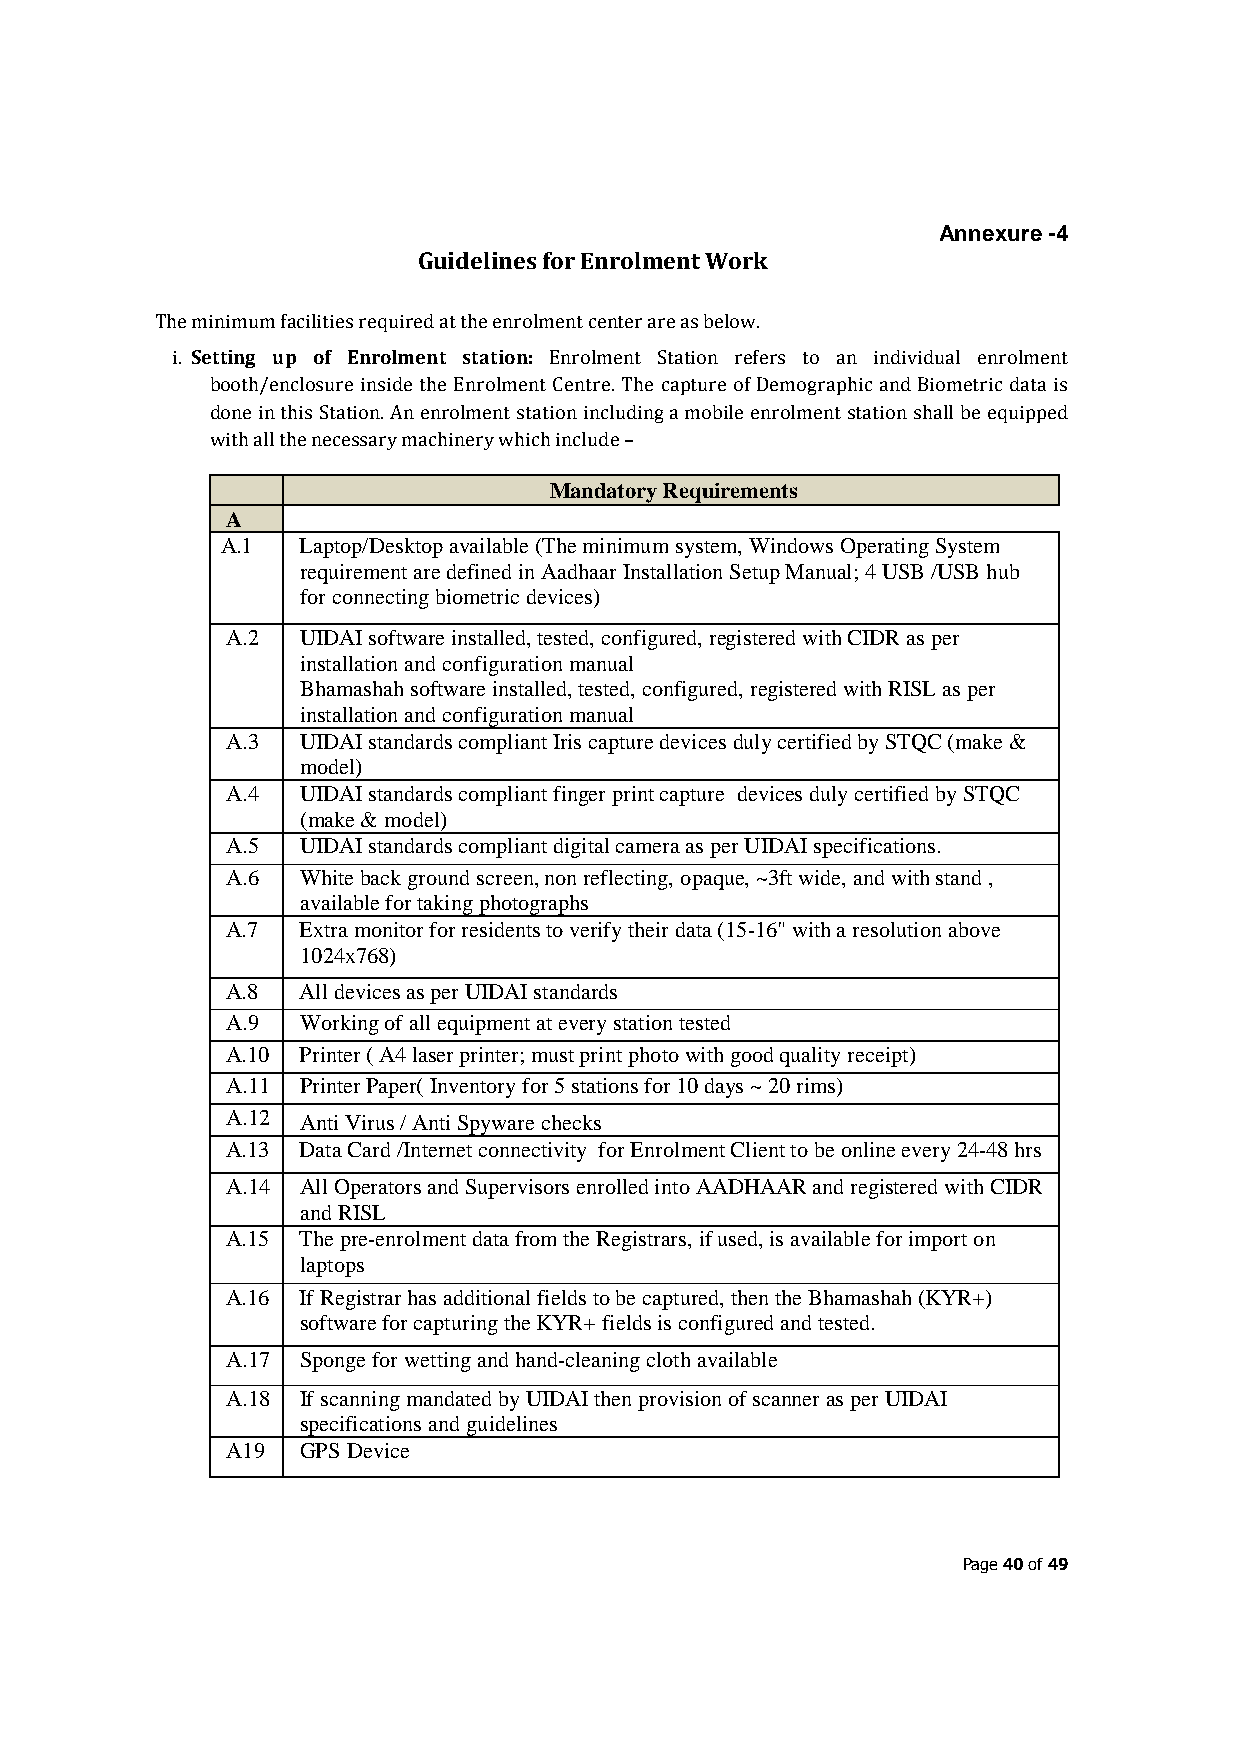
Annexure -4
 Guidelines for Enrolment Work
 The minimum facilities required at the enrolment center are as below.
 i. Setting up of Enrolment station: Enrolment Station refers to an individual enrolment
 booth/enclosure inside the Enrolment Centre. The capture of Demographic and Biometric data is
 done in this Station. An enrolment station including a mobile enrolment station shall be equipped
 with all the necessary machinery which include –
 Mandatory Requirements
 A
 A.1  Laptop/Desktop available (The minimum system, Windows Operating System
 requirement are defined in Aadhaar Installation Setup Manual; 4 USB /USB hub
 for connecting biometric devices)
 A.2  UIDAI software installed, tested, configured, registered with CIDR as per
 installation and configuration manual
 Bhamashah software installed, tested, configured, registered with RISL as per
 installation and configuration manual
 A.3  UIDAI standards compliant Iris capture devices duly certified by STQC (make &
 model)
 A.4  UIDAI standards compliant finger print capture devices duly certified by STQC
 (make & model)
 A.5  UIDAI standards compliant digital camera as per UIDAI specifications.
 A.6  White back ground screen, non reflecting, opaque, ~3ft wide, and with stand ,
 available for taking photographs
 A.7  Extra monitor for residents to verify their data (15-16" with a resolution above
 1024x768)
 A.8  All devices as per UIDAI standards
 A.9  Working of all equipment at every station tested
 A.10 Printer ( A4 laser printer; must print photo with good quality receipt)
 A.11 Printer Paper( Inventory for 5 stations for 10 days ~ 20 rims)
 A.12 Anti Virus / Anti Spyware checks
 A.13 Data Card /Internet connectivity for Enrolment Client to be online every 24-48 hrs
 A.14 All Operators and Supervisors enrolled into AADHAAR and registered with CIDR
 and RISL
 A.15 The pre-enrolment data from the Registrars, if used, is available for import on
 laptops
 A.16 If Registrar has additional fields to be captured, then the Bhamashah (KYR+)
 software for capturing the KYR+ fields is configured and tested.
 A.17 Sponge for wetting and hand-cleaning cloth available
 A.18 If scanning mandated by UIDAI then provision of scanner as per UIDAI
 specifications and guidelines
 A19  GPS Device
 Page 40 of 49